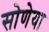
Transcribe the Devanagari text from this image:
सोणेया